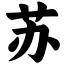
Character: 苏